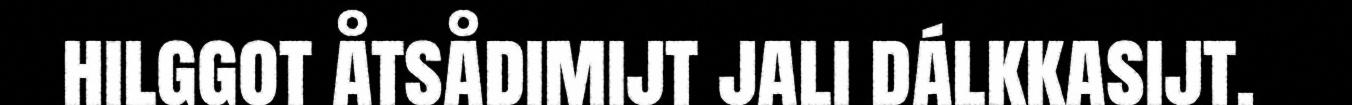
hilggot åtsådimijt jali dálkkasijt.